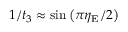
1 / t _ { 3 } \approx \sin \left( \pi \eta _ { \mathrm { E } } / 2 \right)